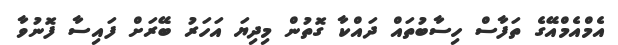
އެމްްއެމްއޭގެ ތަފާސް ހިސާބުތައް ދައްކާ ގޮތުން މިދިޔަ އަހަރު ބޭރަށް ފައިސާ ފޮނުވާ